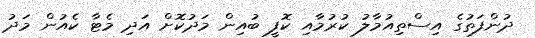
ދުންފަތުގެ އިސްތިއުމާލު ކުރުމާއި ކޮފީ ބުއިން މަދުކޮށް އަދި މެޓާ ކެއުން މަދު